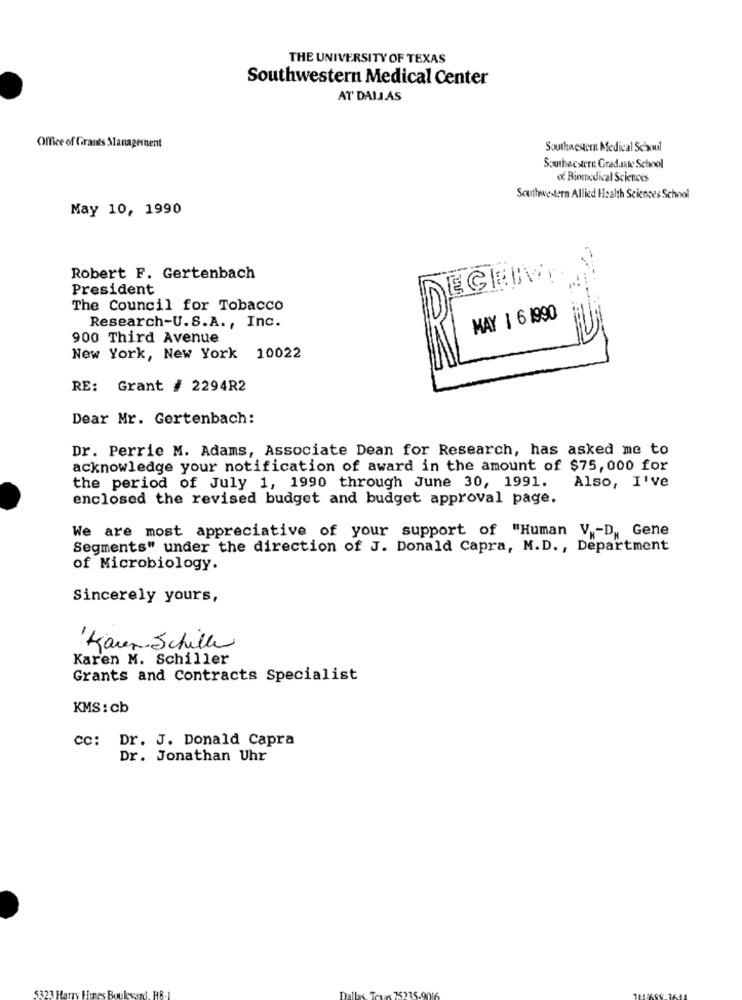
THE UNIVERSITY OF TEXAS
Southwestern Medical Center
AT' DALLAS
Office of Grants Management
Southwestern Medical Schoul
Southacstern Graduate School
o Biomedical Sciences
Southwestern Allied Health Sciences School
May 10, 1990
Robert F. Gertenbach
President
The Council for Tobacco
Research-U.S.A ., Inc.
MAY 1 6 1990
900 Third Avenue
New York, New York 10022
RE: Grant # 2294R2
Dear Mr. Gertenbach:
Dr. Perrie M. Adams, Associate Dean for Research, has asked me to
acknowledge your notification of award in the amount of $75, 000 for
the period of July 1, 1990 through June 30, 1991. Also, I've
enclosed the revised budget and budget approval page.
We are most appreciative of your support of "Human V .- D ., Gene
Segments" under the direction of J. Donald Capra, M.D ., Department
of Microbiology.
Sincerely yours,
Karen-Schiller
Karen M. Schiller
Grants and Contracts Specialist
KMS: cb
cc: Dr. J. Donald Capra
Dr. Jonathan Uhr